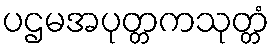
ပဌမအပုတ္တကသုတ္တံ